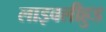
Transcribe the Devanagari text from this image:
लाइवलीहुड